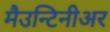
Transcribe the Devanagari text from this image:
मैउन्टिनीअर